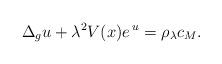
LaTeX: \begin{align*}\Delta_g u+\lambda^2 V(x) e^{\,u}=\rho_\lambda c_M. \end{align*}